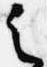
之